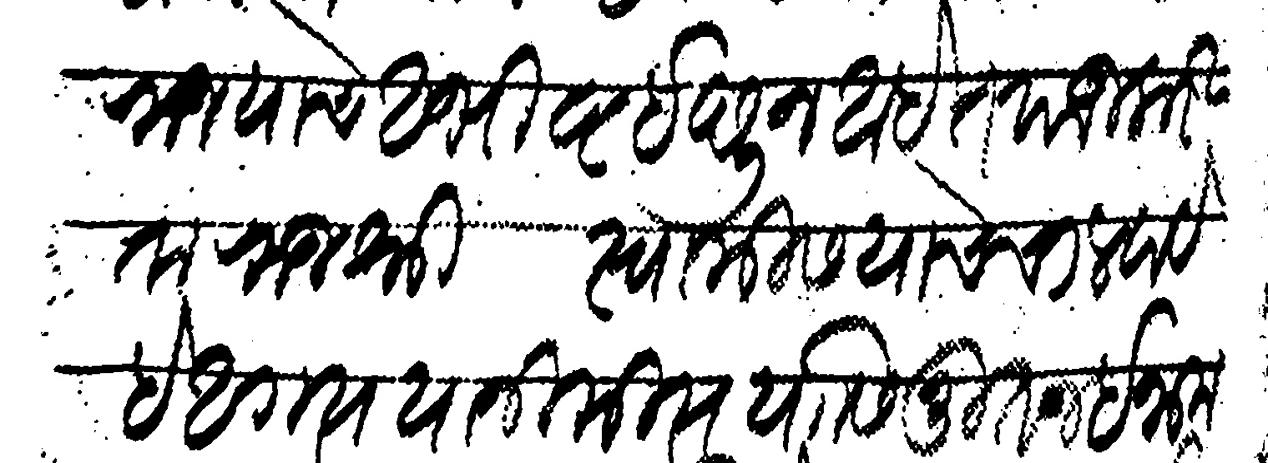
Transliteration (Devanagari): राज्याचे अभीष्ट इछून आहेत याज करीता राजश्री स्वामीस याचे चालवावे हे अगत्य या निमित्य यासी नूतन इनाम